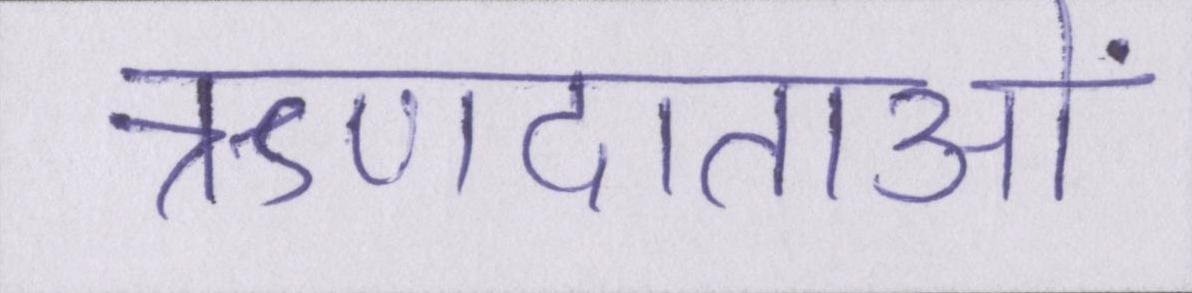
ऋणदाताओं